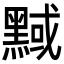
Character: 𪑝